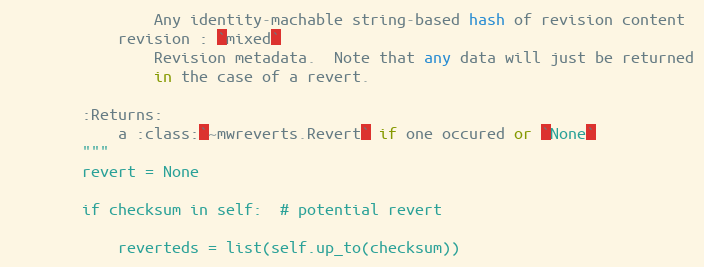
Language: Python
                Any identity-machable string-based hash of revision content
            revision : `mixed`
                Revision metadata.  Note that any data will just be returned
                in the case of a revert.

        :Returns:
            a :class:`~mwreverts.Revert` if one occured or `None`
        """
        revert = None

        if checksum in self:  # potential revert

            reverteds = list(self.up_to(checksum))